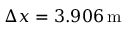
\Delta x = 3 . 9 0 6 \, \mathrm { m }